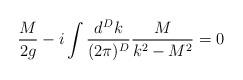
LaTeX: \begin{align*}\frac{M}{2g}-i\int \frac{d^Dk}{(2\pi)^D}\frac{M}{k^{2}-M^2}=0\end{align*}